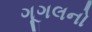
ગૂગલનો